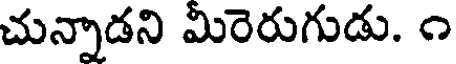
చున్నాడని మిరెరుగుడు. ౧